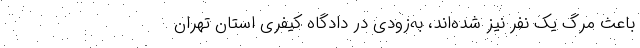
باعث مرگ یک نفر نیز شده‌اند، به‌زودی در دادگاه کیفری استان تهران